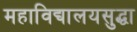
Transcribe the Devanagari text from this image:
महाविद्यालयसुद्धा